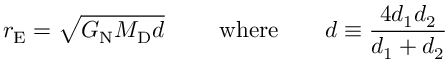
r _ { \mathrm { E } } = \sqrt { G _ { \mathrm { N } } M _ { \mathrm { D } } d } \mathrm { \qquad ~ w h e r e \qquad } d \equiv \frac { 4 d _ { 1 } d _ { 2 } } { d _ { 1 } + d _ { 2 } }